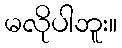
မလိုပါဘူး။